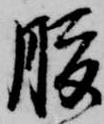
腹